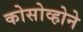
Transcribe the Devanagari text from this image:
कोसोव्होने